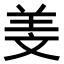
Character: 𦍡